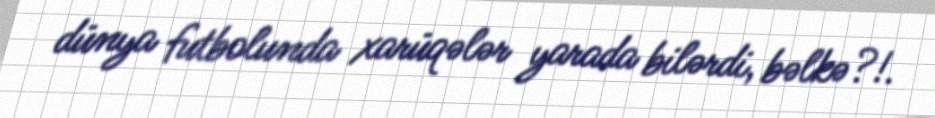
dünya futbolunda xarüqələr yarada bilərdi, bəlkə?!.